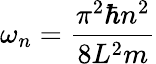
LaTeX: \omega_{n}={\frac{\pi^{2}\hbar n^{2}}{8L^{2}m}}